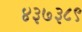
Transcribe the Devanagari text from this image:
४३७३८९